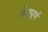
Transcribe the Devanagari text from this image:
तेजपूर्ण